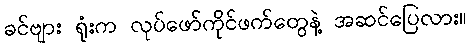
ခင်ဗျား ရုံးက လုပ်ဖော်ကိုင်ဖက်တွေနဲ့ အဆင်ပြေလား။